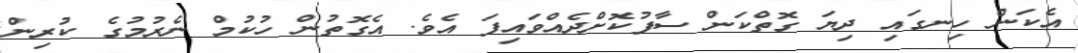
އެކަން ހިނގައި ދިޔަ ގޮތްކަން ސާފުކޮށްދެއްވައިފަ އެވެ. އެގޮތުން ހުކުމް ނެރުމުގެ ކުރިން